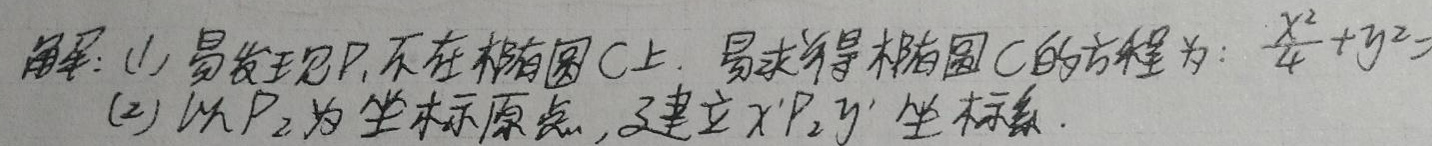
解：(1) 易发现\(P_{1}\)不在椭圆\(C\)上. 易求得椭圆\(C\)的方程为：\(\frac{x^{2}}{4}+y^{2}=1\).
(2) 以\(P_{2}\)为坐标原点，建立\(x'P_{2}y'\)坐标系.